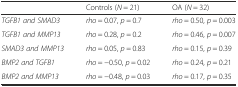
<table><thead><tr><td></td><td><b>Controls (<i>N</i> = 21)</b></td><td><b>OA (<i>N</i> = 32)</b></td></tr></thead><tbody><tr><td><i>TGFB1 and SMAD3</i></td><td><i>rho</i> = 0.07, <i>p</i> = 0.7</td><td><i>rho</i> = 0.50, <i>p</i> = 0.003</td></tr><tr><td><i>TGFB1 and MMP13</i></td><td><i>rho</i> = 0.28, <i>p</i> = 0.2</td><td><i>rho</i> = 0.46, <i>p</i> = 0.007</td></tr><tr><td><i>SMAD3 and MMP13</i></td><td><i>rho</i> = 0.05, <i>p</i> = 0.83</td><td><i>rho</i> = 0.15, <i>p</i> = 0.39</td></tr><tr><td><i>BMP2 and TGFB1</i></td><td><i>rho</i> = −0.50, <i>p</i> = 0.02</td><td><i>rho</i> = 0.24, <i>p</i> = 0.21</td></tr><tr><td><i>BMP2 and MMP13</i></td><td><i>rho</i> = −0.48, <i>p</i> = 0.03</td><td><i>rho</i> = 0.17, <i>p</i> = 0.35</td></tr></tbody></table>